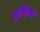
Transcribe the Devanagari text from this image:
सुविग्य